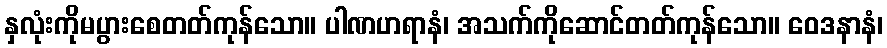
နှလုံးကိုမပွားစေတတ်ကုန်သော။ ပါဏဟရာနံ၊ အသက်ကိုဆောင်တတ်ကုန်သော။ ဝေဒနာနံ၊